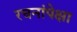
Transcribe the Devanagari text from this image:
रचनांपेक्षा